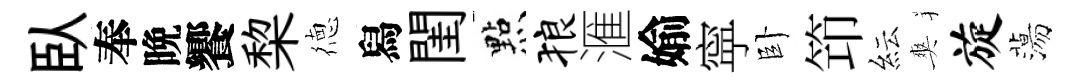
臥奉晩饗棃徳舄閨㸃狼滙媮寜卧笻紜爽旋蕩